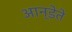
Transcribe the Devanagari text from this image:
आन्डेते